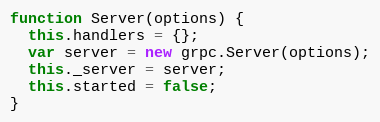
Language: JavaScript
function Server(options) {
  this.handlers = {};
  var server = new grpc.Server(options);
  this._server = server;
  this.started = false;
}